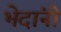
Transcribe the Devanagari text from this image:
भेदांनी